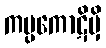
ကပ္ပကောဋိမှိ